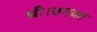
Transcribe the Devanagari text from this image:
थी।उनका